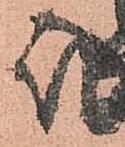
殿